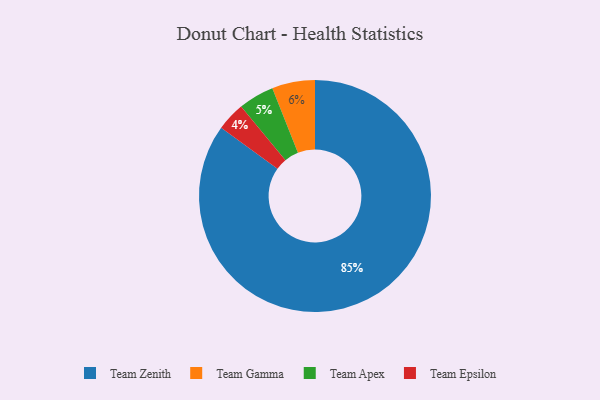
{"axis": {"x": "Category", "y": "Percentage"}, "legend": ["Team Apex", "Team Epsilon", "Team Gamma", "Team Zenith"], "data": [{"x": "Team Gamma", "y": 6, "type": "Team Gamma"}, {"x": "Team Zenith", "y": 85, "type": "Team Zenith"}, {"x": "Team Apex", "y": 5, "type": "Team Apex"}, {"x": "Team Epsilon", "y": 4, "type": "Team Epsilon"}]}